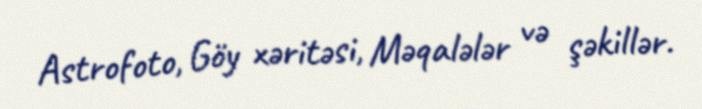
Astrofoto, Göy xəritəsi, Məqalələr və şəkillər.